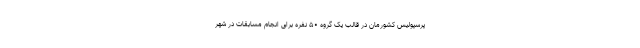
پرسپولیس کشورمان در قالب یک گروه ۵۰ نفره برای انجام مسابقات در شهر